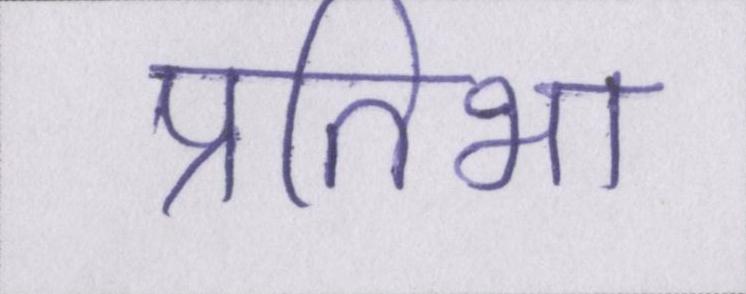
प्रतिभा